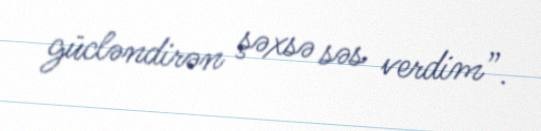
gücləndirən şəxsə səs verdim”.